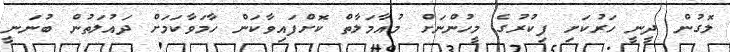
ލޮގުން ދީނީ ހަރުކަށި ފިކުރުގެ މީހުންނަށް މުއާމަލާތް ކޮށްފައިވާކަން ހާމަވާކަމަށް ދައުލަތުން ބުނަނީ